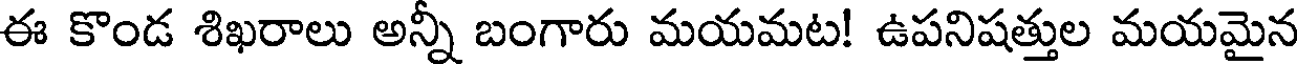
ఈ కొండ శిఖరాలు అన్నీ బంగారు మయమట! ఉపనిషత్తుల మయమైన